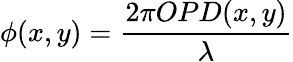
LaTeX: \phi(x,y)=\frac{2\pi OPD(x,y)}{\lambda}